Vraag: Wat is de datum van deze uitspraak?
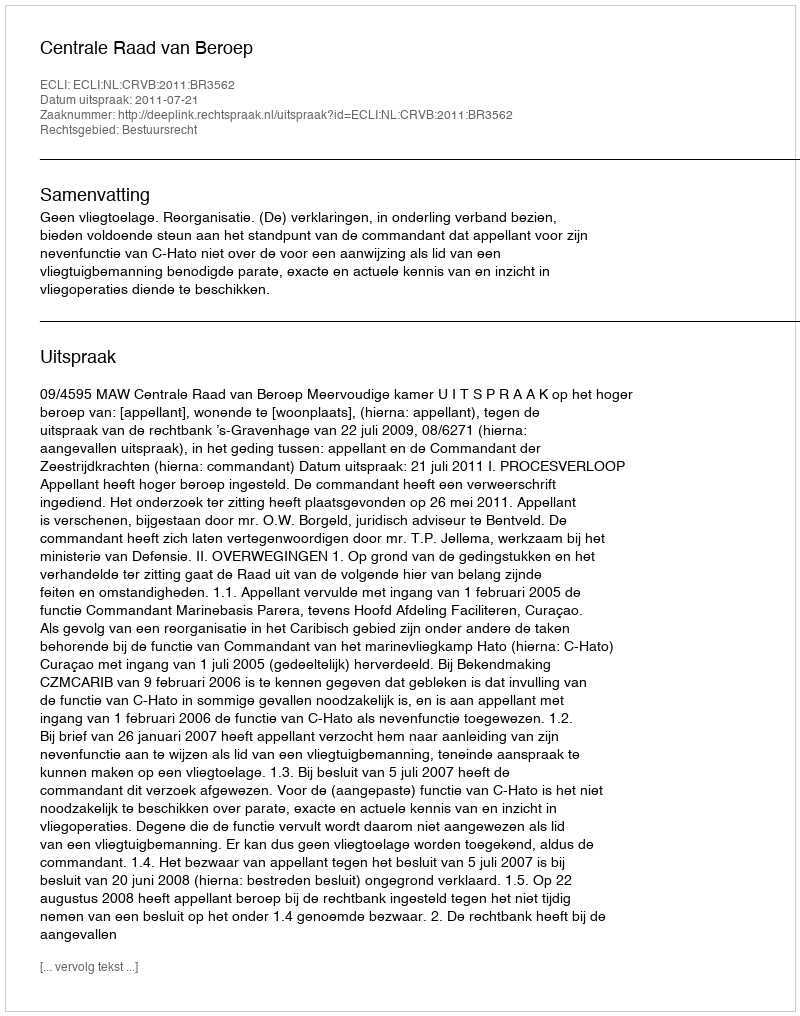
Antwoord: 2011-07-21